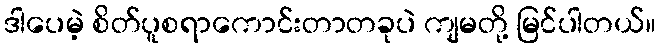
ဒါပေမဲ့ စိတ်ပူစရာကောင်းတာတခုပဲ ကျမတို့ မြင်ပါတယ်။